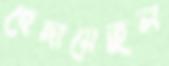
হেদায়েতুল